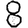
Digit: 8